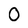
Character: 0